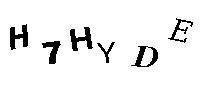
H7HYDE